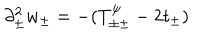
\partial _ { \pm } ^ { 2 } w _ { \pm } = - ( T _ { \pm \pm } ^ { \psi } - 2 t _ { \pm } )